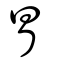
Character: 冒